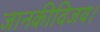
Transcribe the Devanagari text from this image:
जानकीविजय।